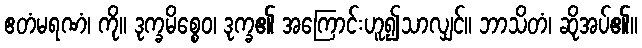
ဧတံမရဏံ၊ ကို။ ဒုက္ခမိစ္စေဝ၊ ဒုက္ခ၏ အကြောင်းဟူ၍သာလျှင်။ ဘာသိတံ၊ ဆိုအပ်၏။